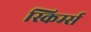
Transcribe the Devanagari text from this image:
स्किर्म्स